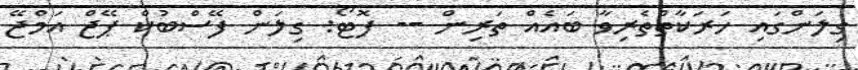
ގިލަންގައި ހަރަކާތްތެރިވާ ބައެއް ތަރިން -- ފޮޓޯ: ގިލަން ފޭސްބުކް ޕޭޖް އަމްޖޭ